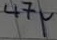
Text: 47µ